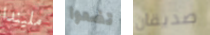
مليندا تضعوا صديقان